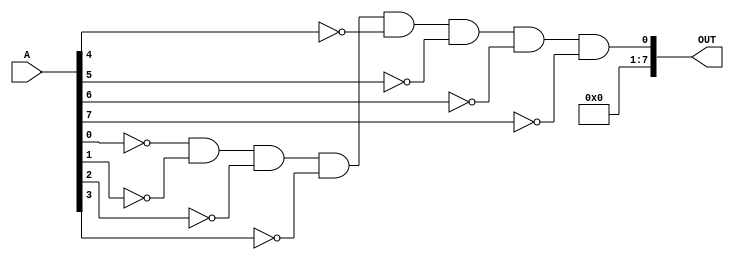
module ZERO_TEST(
output [7:0]OUT,
input [7:0]A
    );
    
    wire [7:0]Y;
    xnor X1(Y[0],A[0],1'b0);
    xnor X2(Y[1],A[1],1'b0);
    xnor X3(Y[2],A[2],1'b0);
    xnor X4(Y[3],A[3],1'b0);
    xnor X5(Y[4],A[4],1'b0);
    xnor X6(Y[5],A[5],1'b0);
    xnor X7(Y[6],A[6],1'b0);
    xnor X8(Y[7],A[7],1'b0);
    
    and AND0(OUT,Y[0],Y[1],Y[2],Y[3],Y[4],Y[5],Y[6],Y[7]);
    
endmodule